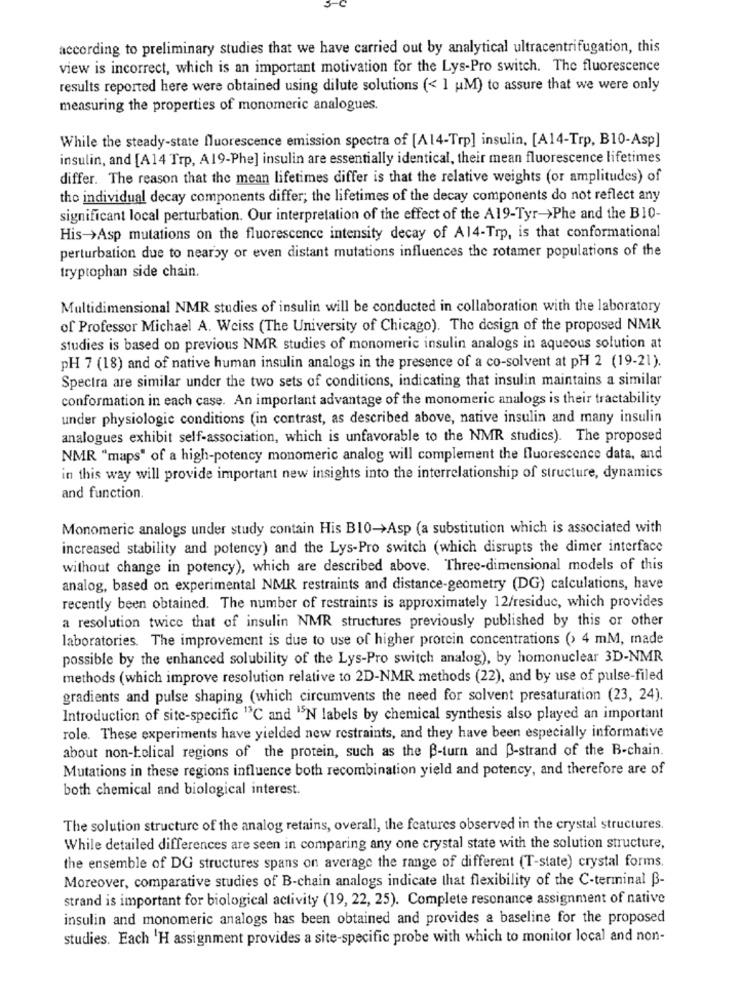
according to preliminary studies that we have carried out by analytical ultracentrifugation, this
view is incorrect, which is an important motivation for the Lys-Pro switch. The fluorescence
results reported here were obtained using dilute solutions (< 1 uM) to assure that we were only
measuring the properties of monomeric analogues.
While the steady-state fluorescence emission spectra of [A14-Trp] insulin, [A14-Trp, B10-Asp]
insulin, and [A14 Trp, A19-Phe] insulin are essentially identical, their mean fluorescence lifetimes
differ. The reason that the mean lifetimes differ is that the relative weights (or amplitudes) of
the individual decay components differ; the lifetimes of the decay components do not reflect any
significant local perturbation. Our interpretation of the effect of the A19-Tyr->Phe and the BIO-
His->Asp mutations on the fluorescence intensity decay of A14-Trp, is that conformational
perturbation due to nearby or even distant mutations influences the rotamer populations of the
tryptophan side chain.
Multidimensional NMR studies of insulin will be conducted in collaboration with the laboratory
of Professor Michael A. Weiss (The University of Chicago). The design of the proposed NMR
studies is based on previous NMR studies of monomeric insulin analogs in aqueous solution at
pH 7 (18) and of native human insulin analogs in the presence of a co-solvent at pH 2 (19-21).
Spectra are similar under the two sets of conditions, indicating that insulin maintains a similar
conformation in each case. An important advantage of the monomeric analogs is their tractability
under physiologie conditions (in contrast, as described above, native insulin and many insulin
analogues exhibit self-association, which is unfavorable to the NMR studies). The proposed
NMR "maps" of a high-potency monomeric analog will complement the fluorescence data, and
in this way will provide important new insights into the interrelationship of structure, dynamics
and function.
Monomeric analogs under study contain His B10->Asp (a substitution which is associated with
increased stability and potency) and the Lys-Pro switch (which disrupts the dimer interface
without change in potency), which are described above. Three-dimensional models of this
analog, based on experimental NMR restraints and distance-geometry (DG) calculations, have
recently been obtained. The number of restraints is approximately 12/residuc, which provides
a resolution twice that of insulin NMR structures previously published by this or other
laboratories. The improvement is due to use of higher protein concentrations (> 4 mM, made
possible by the enhanced solubility of the Lys-Pro switch analog), by homonuclear 3D-NMR
methods (which improve resolution relative to 2D-NMR methods (22), and by use of pulse-filed
gradients and pulse shaping (which circumvents the need for solvent presaturation (23, 24).
Introduction of site-specific "3C and "N labels by chemical synthesis also played an important
role. These experiments have yielded new restraints, and they have been especially informative
about non-telical regions of the protein, such as the B-turn and B-strand of the B-chain.
Mutations in these regions influence both recombination yield and potency, and therefore are of
both chemical and biological interest.
The solution structure of the analog retains, overall, the features observed in the crystal structures.
While detailed differences are seen in comparing any one crystal state with the solution structure,
the ensemble of DG structures spans on average the range of different (T-state) crystal forms.
Moreover, comparative studies of B-chain analogs indicate that flexibility of the C-terminal B-
strand is important for biological activity (19, 22, 25). Complete resonance assignment of native
insulin and monomeric analogs has been obtained and provides a baseline for the proposed
studies. Each 'H assignment provides a site-specific probe with which to monitor local and non-